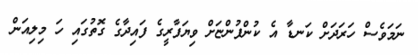
ނަމަވެސް ހަރަދަށް ކަނޑާ އެ ކުންފުންޏަށް ވިޔަފާރީގެ ފައިދާގެ ގޮތުގައި ހަ މިލިއަން